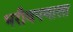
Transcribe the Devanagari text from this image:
भरीवपणाला